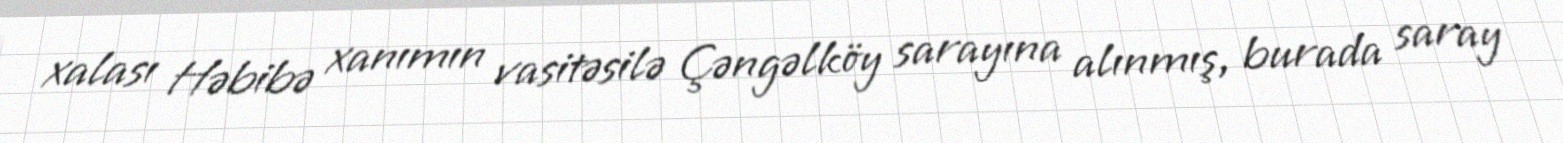
xalası Həbibə xanımın vasitəsilə Çəngəlköy sarayına alınmış, burada saray